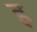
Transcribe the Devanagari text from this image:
इ